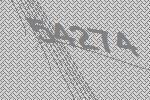
54274